Calcutta medical institutions reports 1879-81 [i.e.91]
Year: 1879
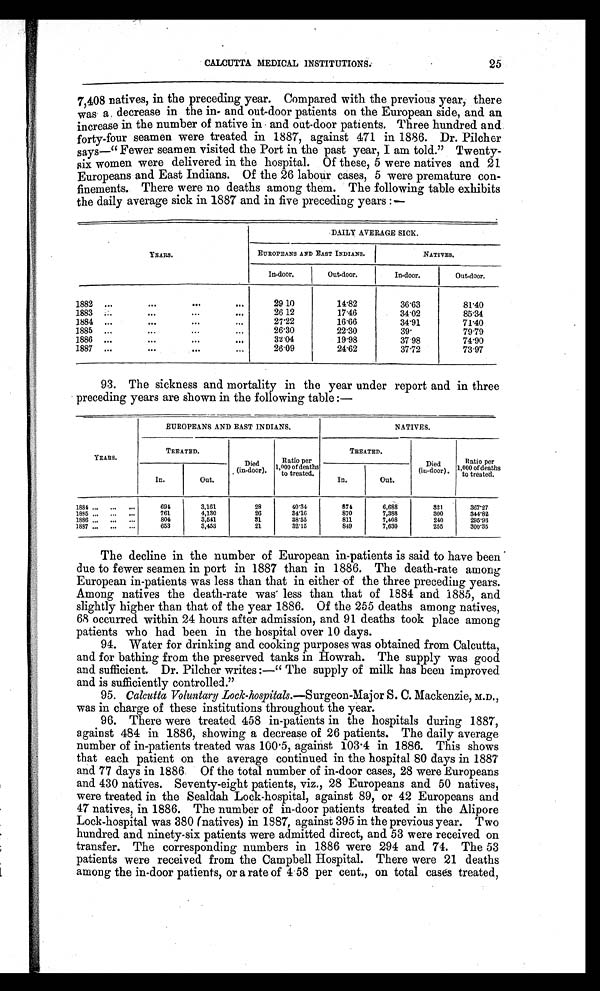
CALCUTTA MEDICAL INSTITUTIONS.
25
7,408 natives, in the preceding year. Compared with the previous year, there
was a decrease in the in and out-door patients on the European side, and an
increase in the number of native in and out-door patients. Three hundred and
forty-four seamen were treated in 1887, against 471 in 1886. Dr. Pilcher
says—"Fewer seamen visited the Port in the past year, I am told." Twenty-
six women were delivered in the hospital. Of these, 5 were natives and 21
Europeans and East Indians. Of the 26 labour cases, 5 were premature con-
finements. There were no deaths among them. The following table exhibits
the daily average sick in 1887 and in five preceding years:—
DAILY AVERAGE SICK.
YEARS.
EUROPEANS AND EAST INDIANS.
NATIVES.
In-door.
Out-door.
In-door.
Out-door.
1882 ...
...
...
...
29 10
14.82
36.63
81.40
1883
...
...
...
26.12
17.46
34.02
85.34
1884 ...
...
...
...
27.22
16.66
34.91
71.40
1885 ...
...
...
...
26.30
22.30
39
79.79
1886 ...
...
...
. . .
32.41
19.98
37.98
74.90
1887 ...
...
...
26.09
24.62
37.72
73.97
93. The sickness and mortality in the year under report and in three
preceding years are shown in the following table :—
EUROPEANS AND EAST INDIANS.
NATIVES.
YEARS.
TREATED.
Died
(in-door).
Ratio per
1,000 of deaths
to treated.
TREATED.
Died
(in-door).
Ratio per
1,000 of deaths
to treated.
In.
Out.
In.
Out.
1884 ... ... ...
6 9 4
3,161
28
40.34
874
6,688
321
367.27
1885 ... ... ...
761
4,130
26
34.16
870
7,388
300
3 4 4 . 8 2
1886 ... ... ...
804
3,541
31
38.55
811
7,408
240
295.93
1887 ... ...
653
3,453
21
32.15
849
7,630
255
3 0 0 . 3 5
The decline in the number of European in-patients is said to have been
due to fewer seamen in port in 1887 than in 1886. The death-rate among
European in-patients was less than that in either of the three preceding years.
Among natives the death-rate was less than that of 1884 and 1885, and
slightly higher than that of the year 1886. Of the 255 deaths among natives,
68 occurred within 24 hours after admission, and 91 deaths took place among
patients who had been in the hospital over 10 days.
94. Water for drinking and cooking purposes was obtained from Calcutta,
and for bathing from the preserved tanks in Howrah. The supply was good
and sufficient. Dr. Pilcher writes:— "The supply of milk has been improved
and is sufficiently controlled."
95. Calcutta Voluntary Lock-hospitals.—Surgeon-Major S. C. Mackenzie, M.D.,
was in charge of these institutions throughout the year.
96. There were treated 458 in-patients in the hospitals during 1887,
against 484 in 1886, showing a decrease of 26 patients. The daily average
number of in-patients treated was 100.5, against 103.4 in 1886. This shows
that each patient on the average continued in the hospital 80 days in 1887
and 77 days in 1886. Of the total number of in-door cases, 28 were Europeans
and 430 natives. Seventy-eight patients, viz., 28 Europeans and 50 natives,
were treated in the Sealdah Lock-hospital, against 89, or 42 Europeans and
47 natives, in 1886. The number of in-door patients treated in the Alipore
Lock-hospital was 380 (natives) in 1887, against 395 in the previous year. Two
hundred and ninety-six patients were admitted direct, and 53 were received on
transfer. The corresponding numbers in 1886 were 294 and 74. The 53
patients were received from the Campbell Hospital. There were 21 deaths
among the in-door patients, or a rate of 4.58 per cent., on total cases treated,